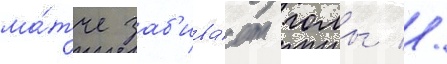
ма́тче заб'ива́ет голы //